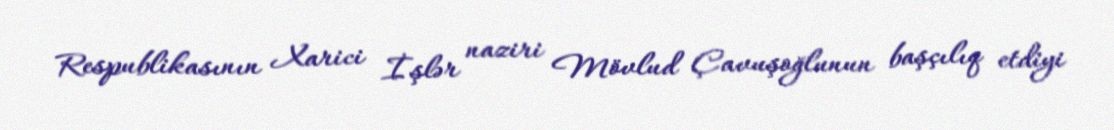
Respublikasının Xarici İşlər naziri Mövlud Çavuşoğlunun başçılıq etdiyi